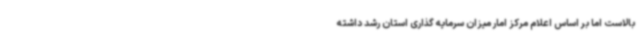
بالاست اما بر اساس اعلام مرکز امار میزان سرمایه گذاری استان رشد داشته